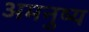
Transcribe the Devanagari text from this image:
अमनुष्य